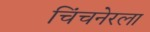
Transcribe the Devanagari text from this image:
चिंचनेरला